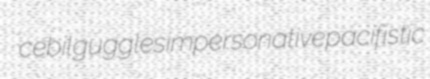
cebil guggles impersonative pacifistic